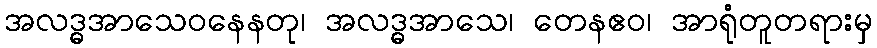
အလဒ္ဓအာသေဝနေနတု၊ အလဒ္ဓအာသေ၊ တေနဧဝ၊ အာရုံတူတရားမှ